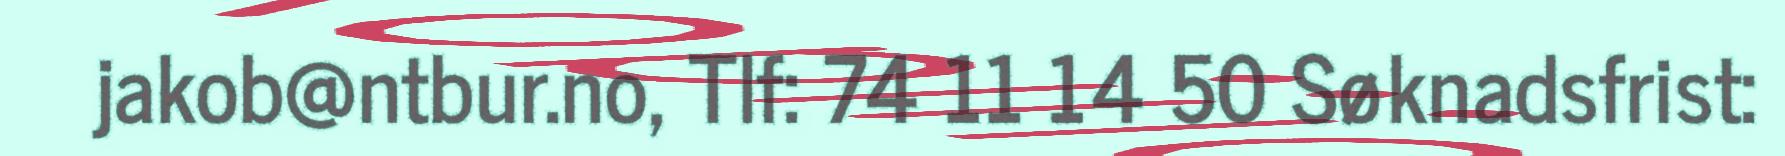
jakob@ntbur.no, Tlf: 74 11 14 50 Søknadsfrist: